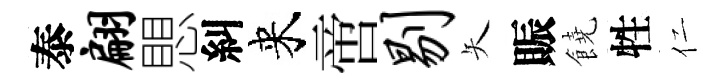
泰翩愳糾来啻剔矢賑饒牲仁